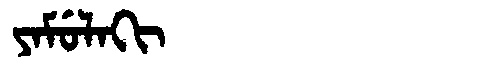
Manchu: ᠶᠠᠮᡠᠯᠠᡴᡳ
Romanization: YAMULAKI